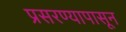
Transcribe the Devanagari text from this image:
प्रसरण्यापासून